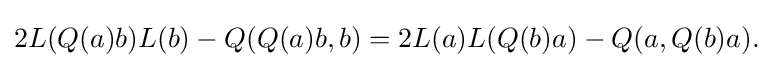
\displaystyle {2L(Q(a)b)L(b)-Q(Q(a)b,b)=2L(a)L(Q(b)a)-Q(a,Q(b)a).}